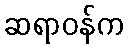
ဆရာဝန်က